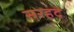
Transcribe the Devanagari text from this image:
सरहदे